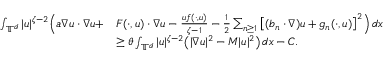
\begin{array} { r l } { \int _ { { \mathbb T } ^ { d } } | u | ^ { \zeta - 2 } \Big ( a \nabla u \cdot \nabla u + } & { F ( \cdot , u ) \cdot \nabla u - \frac { u f ( \cdot , u ) } { \zeta - 1 } - \frac 1 2 \sum _ { n \geq 1 } \big [ ( b _ { n } \cdot \nabla ) u + g _ { n } ( \cdot , u ) \big ] ^ { 2 } \Big ) \, d x } \\ & { \geq \theta \int _ { { \mathbb T } ^ { d } } | u | ^ { \zeta - 2 } \big ( | \nabla u | ^ { 2 } - M | u | ^ { 2 } \big ) \, d x - C . } \end{array}